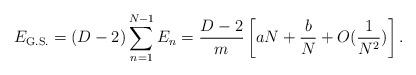
LaTeX: \begin{align*}E_{\rm G.S.} = (D-2)\sum_{n=1}^{N-1}E_n = {D-2\over m}\left[aN + {b\over N} + O({1\over N^2})\right].\end{align*}